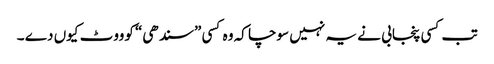
تب کسی پنجابی نے یہ نہیں سوچا کہ وہ کسی ”سندھی“ کوووٹ کیوں دے ۔